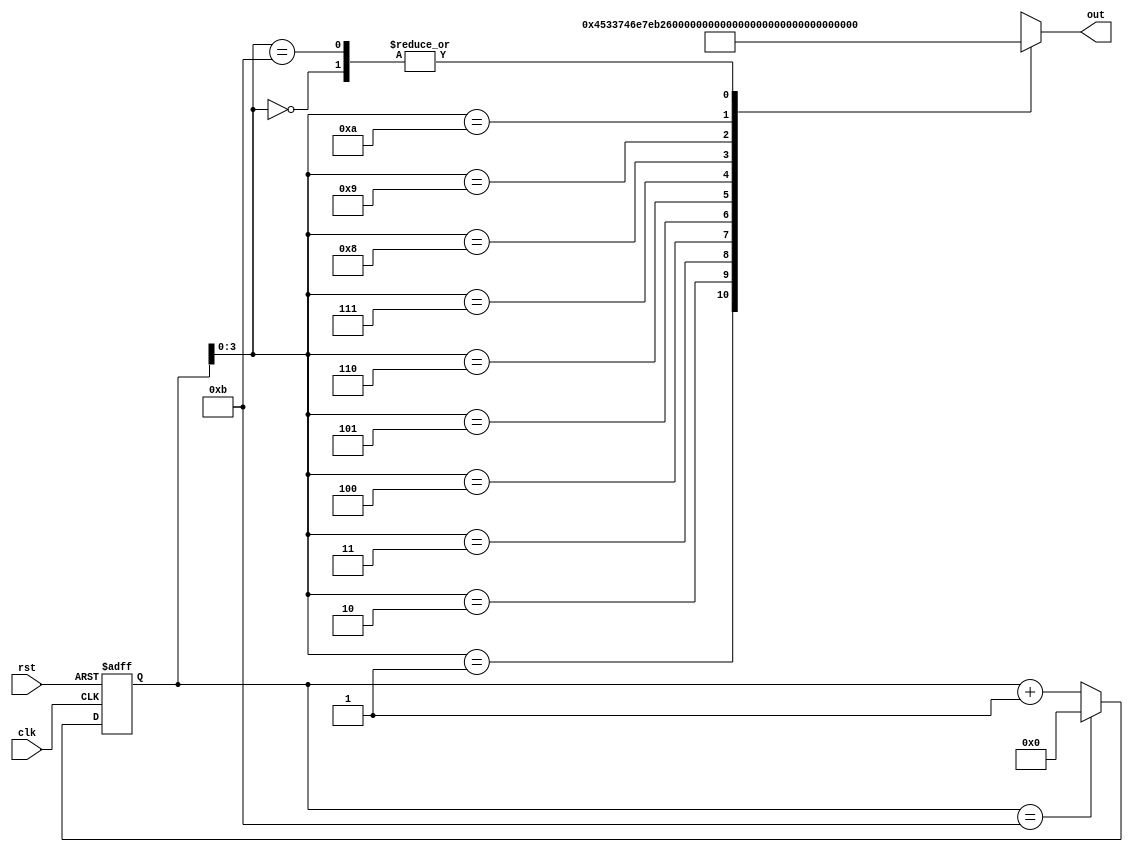
// Sin table

// afinogeev

module SIN_LUT_12 (
    input clk,
    input rst,
    output signed [15:0] out
);

localparam size = 11;

reg [4:0] cnt;

wire signed [15:0] tbl [0:size];
assign tbl[00] = $signed(0     );
assign tbl[01] = $signed(17715 );
assign tbl[02] = $signed(29806 );
assign tbl[03] = $signed(32434 );
assign tbl[04] = $signed(24764 );
assign tbl[05] = $signed(9231  );
assign tbl[06] = $signed(-9231 );
assign tbl[07] = $signed(-24764);
assign tbl[08] = $signed(-32434);
assign tbl[09] = $signed(-29806);
assign tbl[10] = $signed(-17715);
assign tbl[11] = $signed(0     );

assign out = tbl[cnt];

always @(posedge clk or posedge rst) begin
    if(rst) begin
        cnt <= 0;
    end
    else begin
        if(cnt == size)
            cnt <= 0;
        else
            cnt <= cnt + 1;
    end
end

endmodule